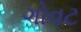
ગોવટ